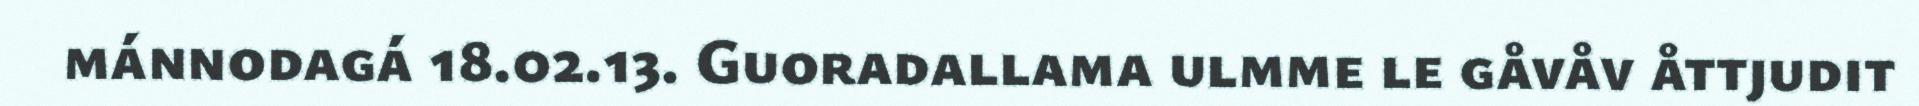
mánnodagá 18.02.13. Guoradallama ulmme le gåvåv åttjudit